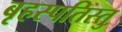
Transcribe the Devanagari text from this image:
बृहस्पतिस्तु